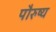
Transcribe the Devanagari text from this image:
पौरुष्य